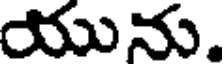
యును.